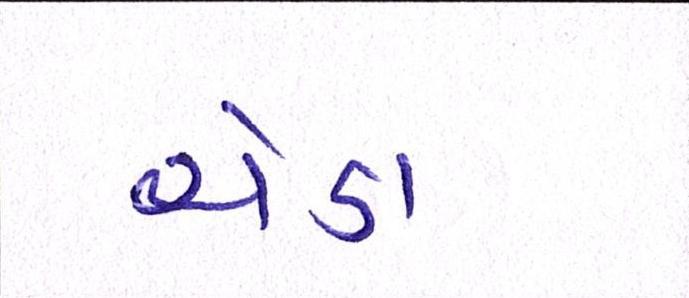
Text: ચેડા